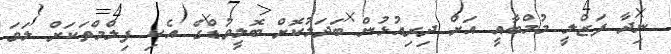
ނިދާ ފަޒްލީ މުމްބާއީ އަށް ދިރިއުޅުން ބަދަލުކޮށް ބޮލީވުޑްގެ އެކި ފިލްމްތަކަށް ލަވަ